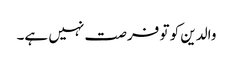
والدین کو تو فرصت نہیں ہے۔